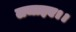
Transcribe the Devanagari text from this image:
लजाइए।।